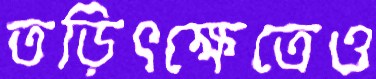
তড়িৎক্ষেত্রেও